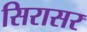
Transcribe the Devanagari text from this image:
सिरासर